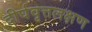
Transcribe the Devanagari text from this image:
दीर्घवृत्तलक्षण